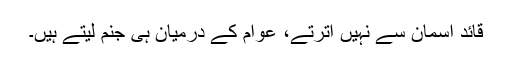
قائد آسمان سے نہیں اترتے، عوام کے درمیان ہی جنم لیتے ہیں۔